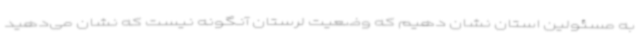
به مسئولین استان نشان دهیم که وضعیت لرستان آنگونه نیست که نشان می‌دهید